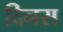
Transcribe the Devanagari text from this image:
दिनस